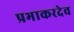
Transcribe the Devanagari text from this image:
प्रभाकरदेव